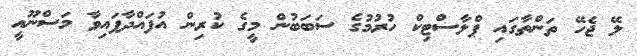
ލޭ ޖެހޭ ތަންތާގައި ޕްލާސްޓިކް ހުރުމުގެ ސަބަބުން މީގެ ކުރިން އުފައްދާފައިވާ މަސްނޫއީ